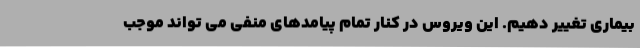
بیماری تغییر دهیم. این ویروس در کنار تمام پیامدهای منفی می تواند موجب